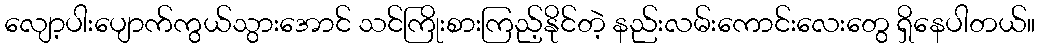
လျော့ပါးပျောက်ကွယ်သွားအောင် သင်ကြိုးစားကြည့်နိုင်တဲ့ နည်းလမ်းကောင်းလေးတွေ ရှိနေပါတယ်။